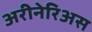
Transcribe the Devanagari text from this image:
अरीनेरिअस